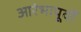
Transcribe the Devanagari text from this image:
आरंभापूर्वी